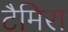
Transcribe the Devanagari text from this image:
टैमिरा